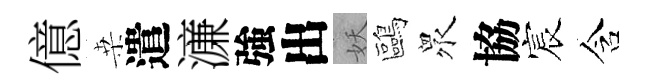
億桒遣濓強出妖鷗衆協宸含